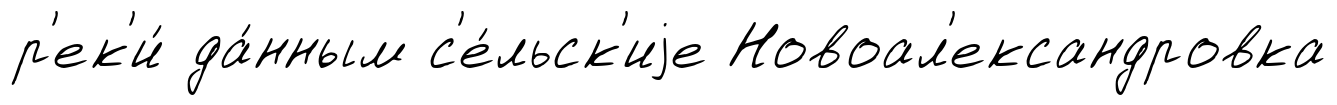
р'ек'и́ да́нным с'е́льск'иjе Новоал'ександровка